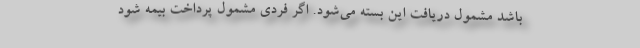
باشد مشمول دریافت این بسته می‌شود. اگر فردی مشمول پرداخت بیمه شود